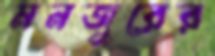
মনজুরের